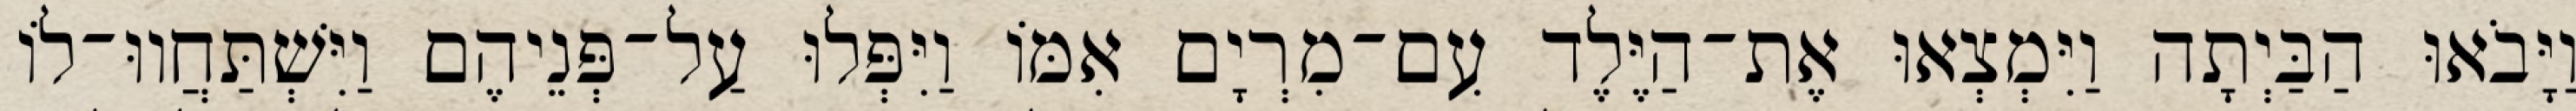
וַיָּבֹאוּ הַבַּיְתָה וַיִּמְצְאוּ אֶת־הַיֶּלֶד עִם־מִרְיָם אִמּוֹ וַיִּפְּלוּ עַל־פְּנֵיהֶם וַיִּשְׁתַּחֲווּ־לוֹ